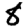
Digit: 8